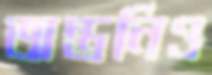
অন্তনিও